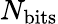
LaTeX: N_{\mathrm{bits}}